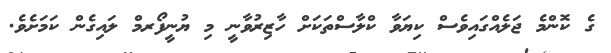
ގެ ކޮންމެ ޖަލެއްގައިވެސް ކިޔަވާ ކްލާސްތަކަށް ހާޒިރުވާނީ މި ޔުނީފޯރމް ލައިގެން ކަމަށެވެ.